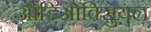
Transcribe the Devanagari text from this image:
औडिओविसुयल